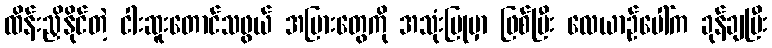
ထိန်းညှိနိုင်တဲ့ ငါးဆူးတောင်သဖွယ် အပြားတွေကို အသုံးပြုမှာ ဖြစ်ပြီး လေယာဉ်ပေါ်က ခုန်ချပြီး